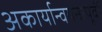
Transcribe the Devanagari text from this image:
अकार्यान्वयनापूर्वी